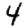
Digit: 4